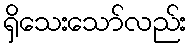
ရှိသေးသော်လည်း